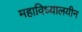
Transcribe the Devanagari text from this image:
महाविध्यालयीन